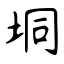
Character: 垌